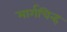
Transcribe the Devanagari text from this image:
मार्गचिन्ह